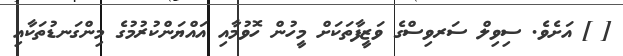
[ ] އަށެވެ. ސިވިލް ސަރވިސްގެ ވަޒީފާތަކަށް މީހުން ހޮވުމާއި އައްޔަންކުރުމުގެ މިންގަނޑުތަކާއި